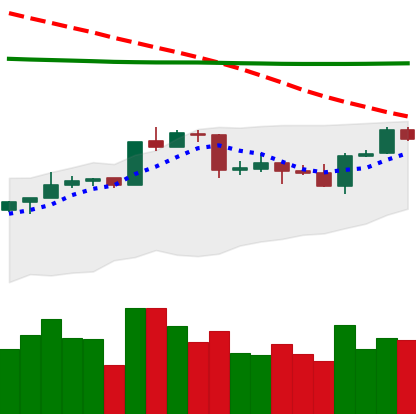
Ticker: ADA-USD
Chart end date: 2020-04-19
Forward return: 16.897%
Label: up_7plus